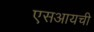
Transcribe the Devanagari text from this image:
एसआयची